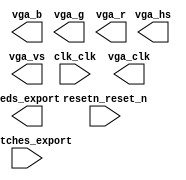

module pixel_xform_system (
	clk_clk,
	leds_export,
	resetn_reset_n,
	switches_export,
	vga_b,
	vga_clk,
	vga_g,
	vga_hs,
	vga_r,
	vga_vs);	

	input		clk_clk;
	output	[7:0]	leds_export;
	input		resetn_reset_n;
	input	[7:0]	switches_export;
	output	[7:0]	vga_b;
	output		vga_clk;
	output	[7:0]	vga_g;
	output		vga_hs;
	output	[7:0]	vga_r;
	output		vga_vs;
endmodule